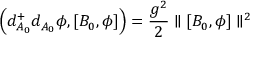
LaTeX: \left( d _ { A _ { 0 } } ^ { + } d _ { A _ { 0 } } \phi , [ B _ { 0 } , \phi ] \right) = { \frac { g ^ { 2 } } { 2 } } \parallel [ B _ { 0 } , \phi ] \parallel ^ { 2 }